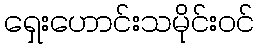
ရှေးဟောင်းသမိုင်းဝင်